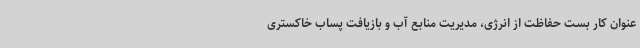
عنوان کار بست حفاظت از انرژی، مدیریت منابع آب و بازیافت پساب خاکستری